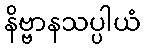
နိဗ္ဗာနသပ္ပါယံ